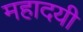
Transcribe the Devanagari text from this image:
महादयी